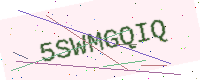
Text: 5SWMGQIQ